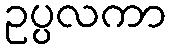
ဥပ္ပလကာ